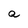
Character: a